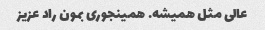
عالی مثل همیشه. همینجوری بمون راد عزیز